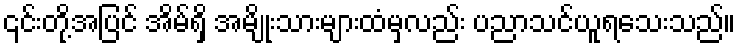
၎င်းတို့အပြင် အိမ်ရှိ အမျိုးသားများထံမှလည်း ပညာသင်ယူရသေးသည်။